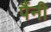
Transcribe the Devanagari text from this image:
पैंनी